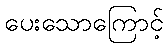
ပေးသောကြောင့်